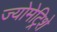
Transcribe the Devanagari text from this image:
ज्योमेट्रिशे